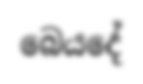
බෙයදේ